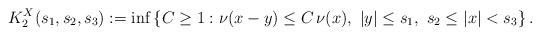
LaTeX: \begin{align*} K^X_2(s_1,s_2,s_3):= \inf\left\{ C \geq 1: \nu(x-y) \leq C \, \nu(x), \ |y| \leq s_1, \ s_2 \leq |x| < s_3 \right\}.\end{align*}